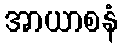
အာယာစနံ